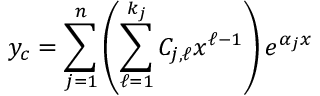
y _ { c } = \sum _ { j = 1 } ^ { n } \left( \sum _ { \ell = 1 } ^ { k _ { j } } C _ { j , \ell } x ^ { \ell - 1 } \right) e ^ { \alpha _ { j } x } \,